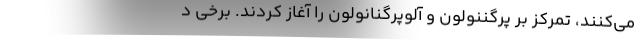
می‌کنند، تمرکز بر پرگننولون و آلوپرگنانولون را آغاز کردند. برخی د